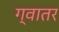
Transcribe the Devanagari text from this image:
ग्वातर